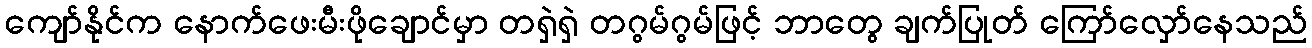
ကျော်နိုင်က နောက်ဖေးမီးဖိုချောင်မှာ တရှဲရှဲ တဂွမ်ဂွမ်ဖြင့် ဘာတွေ ချက်ပြုတ် ကြော်လှော်နေသည်